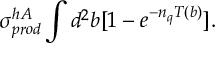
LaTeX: \sigma _ { p r o d } ^ { h A } \int d ^ { 2 } b [ 1 - e ^ { - n _ { q } T ( b ) } ] .